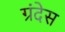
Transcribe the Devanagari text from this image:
ग्रंदेस